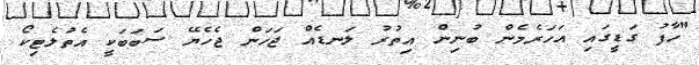
"ހާފު ގަޑީގައި އަހަރެމެން ބުނިން އިތުރު ލަނޑެއް ޖަހަން ޖެހެޔޭ ސަބަބަކީ އެތުލެޓިކޯ